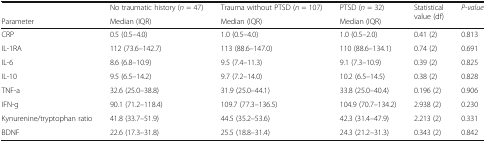
|  | No traumatic history (n = 47) | Trauma without PTSD (n = 107) | PTSD (n = 32) | <ROWSPAN=2> Statistical value (df) | <ROWSPAN=2> P-value |
 | Parameter | Median (IQR) | Median (IQR) | Median (IQR) |
 | --- | --- | --- | --- | --- | --- |
 | CRP | 0.5 (0.5–4.0) | 1.0 (0.5–4.0) | 1.0 (0.5–2.0) | 0.41 (2) | 0.813 |
 | IL-1RA | 112 (73.6–142.7) | 113 (88.6–147.0) | 110 (88.6–134.1) | 0.74 (2) | 0.691 |
 | IL-6 | 8.6 (6.8–10.9) | 9.5 (7.4–11.3) | 9.1 (7.3–10.9) | 0.39 (2) | 0.825 |
 | IL-10 | 9.5 (6.5–14.2) | 9.7 (7.2–14.0) | 10.2 (6.5–14.5) | 0.38 (2) | 0.828 |
 | TNF-a | 32.6 (25.0–38.8) | 31.9 (25.0–44.1) | 33.8 (25.0–40.4) | 0.196 (2) | 0.906 |
 | IFN-g | 90.1 (71.2–118.4) | 109.7 (77.3–136.5) | 104.9 (70.7–134.2) | 2.938 (2) | 0.230 |
 | Kynurenine/tryptophan ratio | 41.8 (33.7–51.9) | 44.5 (35.2–53.6) | 42.3 (31.4–47.9) | 2.213 (2) | 0.331 |
 | BDNF | 22.6 (17.3–31.8) | 25.5 (18.8–31.4) | 24.3 (21.2–31.3) | 0.343 (2) | 0.842 |